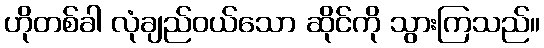
ဟိုတစ်ခါ လုံချည်ဝယ်သော ဆိုင်ကို သွားကြသည်။